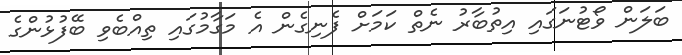
ބަލަން ވޯޓުނަގައި އިތުބާރު ނެތް ކަމަށް ފެނިގެން އެ މަގާމުގައި ތިއްބެވި ބޭފުޅުންގެ